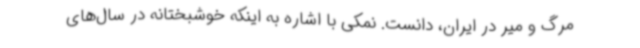
مرگ و میر در ایران، دانست. نمکی با اشاره به اینکه خوشبختانه در سال‌های